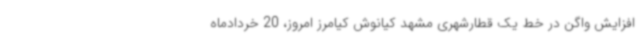
افزایش واگن در خط یک قطارشهری مشهد کیانوش کیامرز امروز، 20 خردادماه